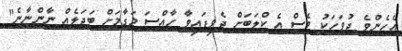
އެހެންވެ ދުވަހަކު ވެސް އެ ކްލަބަށް ދެވިފައިވާ ހާއްސަ މަގާމަށް ބަދަލެއް ނާންނާނެ"